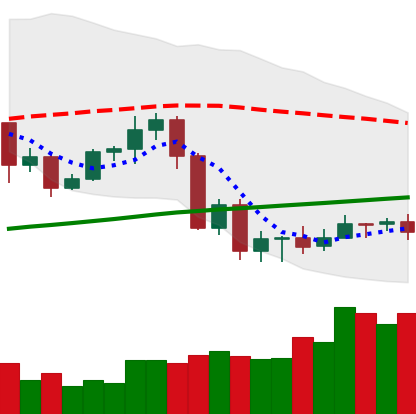
Ticker: ADA-USD
Chart end date: 2020-09-13
Forward return: -3.98%
Label: down_3_5